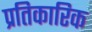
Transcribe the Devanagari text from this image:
प्रतिकारिक